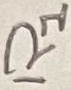
Text: R1